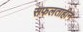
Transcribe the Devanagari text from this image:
सफलताहीन